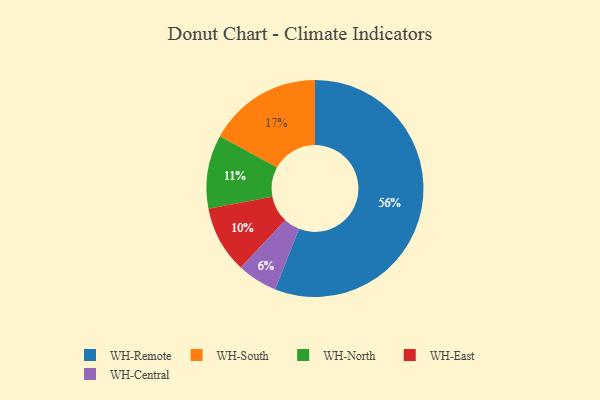
{"axis": {"x": "Category", "y": "Percentage"}, "legend": ["WH-Central", "WH-East", "WH-North", "WH-Remote", "WH-South"], "data": [{"x": "WH-East", "y": 10, "type": "WH-East"}, {"x": "WH-Central", "y": 6, "type": "WH-Central"}, {"x": "WH-Remote", "y": 56, "type": "WH-Remote"}, {"x": "WH-North", "y": 11, "type": "WH-North"}, {"x": "WH-South", "y": 17, "type": "WH-South"}]}